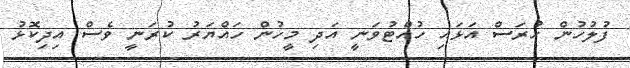
ފުލުހުން ހުރަސް އަޅައި ހުއްޓުވަނީ އަދި މީހުން ހައްޔަރު ކުރަނީ ވެސް އިދިކޮޅު